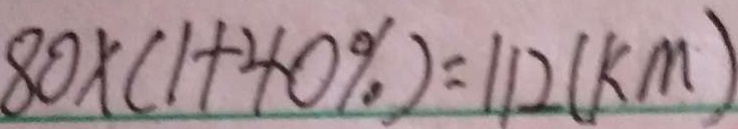
8 0 \times ( 1 + 4 0 \% ) = 1 1 2 ( k m )